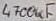
Text: 4700uF